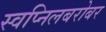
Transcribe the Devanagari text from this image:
स्वप्निलबरोबर